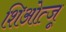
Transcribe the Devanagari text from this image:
शिओत्जू